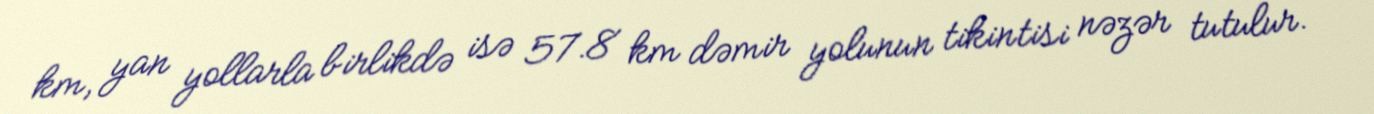
km, yan yollarla birlikdə isə 57.8 km dəmir yolunun tikintisi nəzər tutulur.